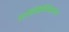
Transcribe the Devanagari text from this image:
एमिमिकाय